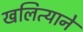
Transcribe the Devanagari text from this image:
खलित्याने